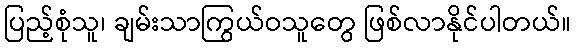
ပြည့်စုံသူ၊ ချမ်းသာကြွယ်ဝသူတွေ ဖြစ်လာနိုင်ပါတယ်။